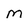
Character: M